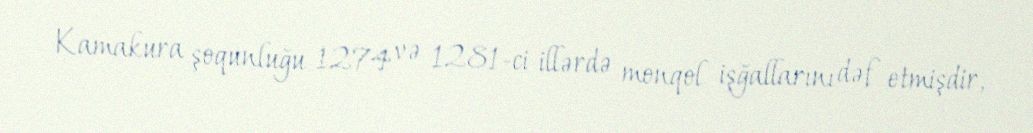
Kamakura şoqunluğu 1274 və 1281-ci illərdə monqol işğallarını dəf etmişdir,